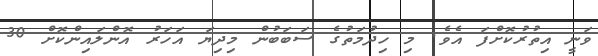
ވަނީ އިތުރުކޮށްފަ އެވެ. މި ހިދުމަތުގެ ސަބަބުން މިދިޔަ އަހަރު އޮންލައިންކޮށް 30